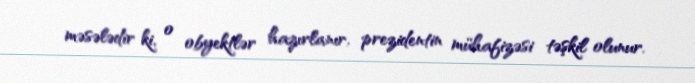
məsələdir ki, o obyektlər hazırlanır, prezidentin mühafizəsi təşkil olunur.